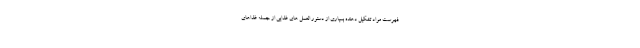
فهرست مواد تشکیل دهنده بسیاری از دستور العمل های غذایی از جمله غذاهای